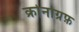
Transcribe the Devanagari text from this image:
क्रोनोग्रफ़